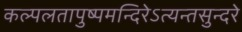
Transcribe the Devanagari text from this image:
कल्पलतापुष्पमन्दिरेऽत्यन्तसुन्दरे